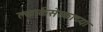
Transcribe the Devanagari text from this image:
क्लार्कसेस्काच्या